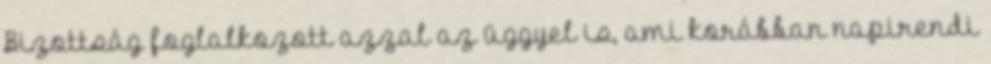
Bizottság foglalkozott azzal az üggyel is, ami korábban napirendi